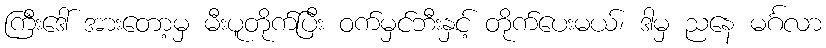
ကြီးဒေါ် အားတော့မှ မီးပူတိုက်ပြီး ဝက်မှင်ဘီးနှင့် တိုက်ပေးမယ်၊ ဒါမှ ညနေ မင်္ဂလာ